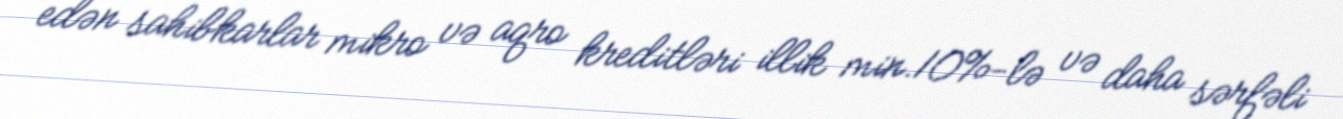
edən sahibkarlar mikro və aqro kreditləri illik min.10%-lə və daha sərfəli